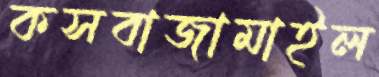
কসবাজামাইল